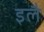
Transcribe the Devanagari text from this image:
इलै